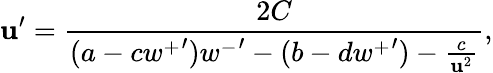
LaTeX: \mathbf{u}^{\prime}=\frac{{2C}}{{(a-c{w^{+}}^{\prime}){w^{-}}^{\prime}-(b-d{w^{+}}^{\prime})-\frac{{c}}{{\mathbf{u}^{2}}}}},